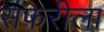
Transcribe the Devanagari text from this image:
सफरीला